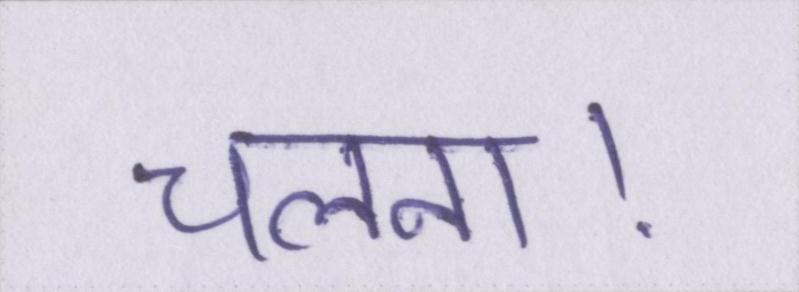
चलना।